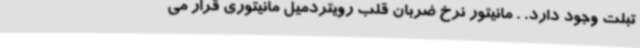
تبلت وجود دارد. . مانیتور نرخ ضربان قلب رویتردمیل مانیتوری قرار می